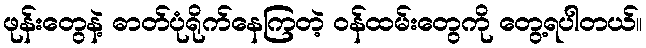
ဖုန်းတွေနဲ့ ဓာတ်ပုံရိုက်နေကြတဲ့ ဝန်ထမ်းတွေကို တွေ့ရပါတယ်။